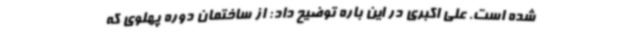
شده است. علی اکبری در این باره توضیح داد: از ساختمان دوره پهلوی که